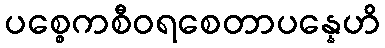
ပစ္စေကစီဝရစေတာပန္နေဟိ